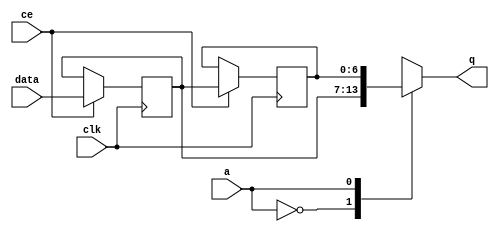
module td_fused_top_fifo_w7_d2_S_x_shiftReg (
    clk,
    data,
    ce,
    a,
    q);

parameter DATA_WIDTH = 32'd7;
parameter ADDR_WIDTH = 32'd1;
parameter DEPTH = 2'd2;

input clk;
input [DATA_WIDTH-1:0] data;
input ce;
input [ADDR_WIDTH-1:0] a;
output [DATA_WIDTH-1:0] q;

reg[DATA_WIDTH-1:0] sr_0, sr_1;
integer i;

always @ (posedge clk)
    begin
        if (ce)
        begin
            sr_0 <= data;
            sr_1 <= sr_0;


        end
    end

always @( sr_0, sr_1, a) begin
   case (a)
      1'd0: q = sr_0;
      1'd1: q = sr_1;
      default: q = sr_1;
   endcase
end

endmodule